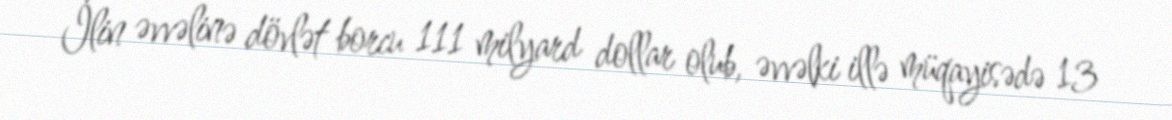
İlin əvvəlinə dövlət borcu 111 milyard dollar olub, əvvəlki illə müqayisədə 13